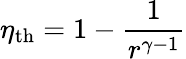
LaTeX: \eta_{\mathrm{{th}}}=1-{\frac{1}{r^{\gamma-1}}}